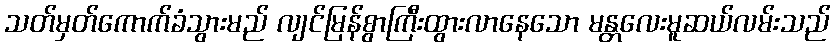
သတ်မှတ်ကောက်ခံသွားမည် လျင်မြန်စွာကြီးထွားလာနေသော မန္တလေးမူဆယ်လမ်းသည်